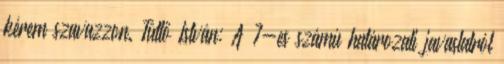
kérem szavazzon. Tüttő István: A 7-es számú határozati javaslatról